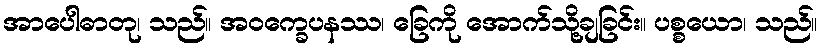
အာပေါဓာတု၊ သည်။ အဝက္ခေပနဿ၊ ခြေကို အောက်သို့ချခြင်း။ ပစ္စယော၊ သည်။